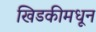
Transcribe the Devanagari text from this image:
खिडकीमधून